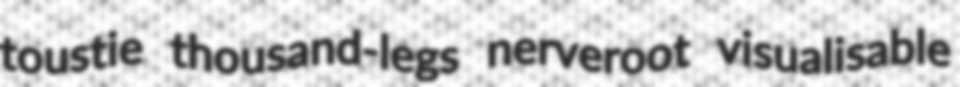
toustie thousand-legs nerveroot visualisable